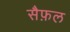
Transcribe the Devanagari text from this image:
सैफ़ल